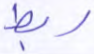
ربط